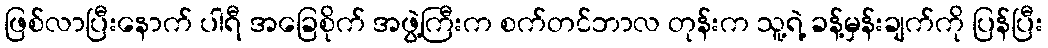
ဖြစ်လာပြီးနောက် ပါရီ အခြေစိုက် အဖွဲ့ကြီးက စက်တင်ဘာလ တုန်းက သူ့ရဲ့ ခန့်မှန်းချက်ကို ပြန်ပြီး